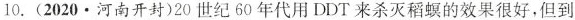
10. (2020 · 河南开封)20 世纪 60 年代用 DDT 来杀灭稻螟的效果很好，但到